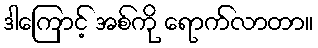
ဒါကြောင့် အစ်ကို ရောက်လာတာ။